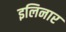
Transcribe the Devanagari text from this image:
इलिनार